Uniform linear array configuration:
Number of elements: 48
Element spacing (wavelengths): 1
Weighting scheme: cosine
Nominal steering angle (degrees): -30
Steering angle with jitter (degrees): -30.766
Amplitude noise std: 0.05
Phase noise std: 0.05

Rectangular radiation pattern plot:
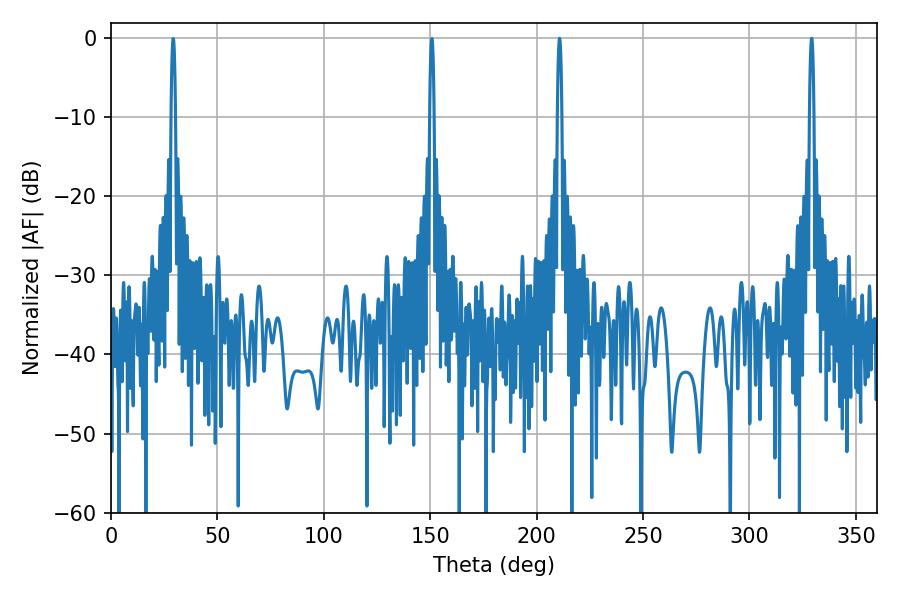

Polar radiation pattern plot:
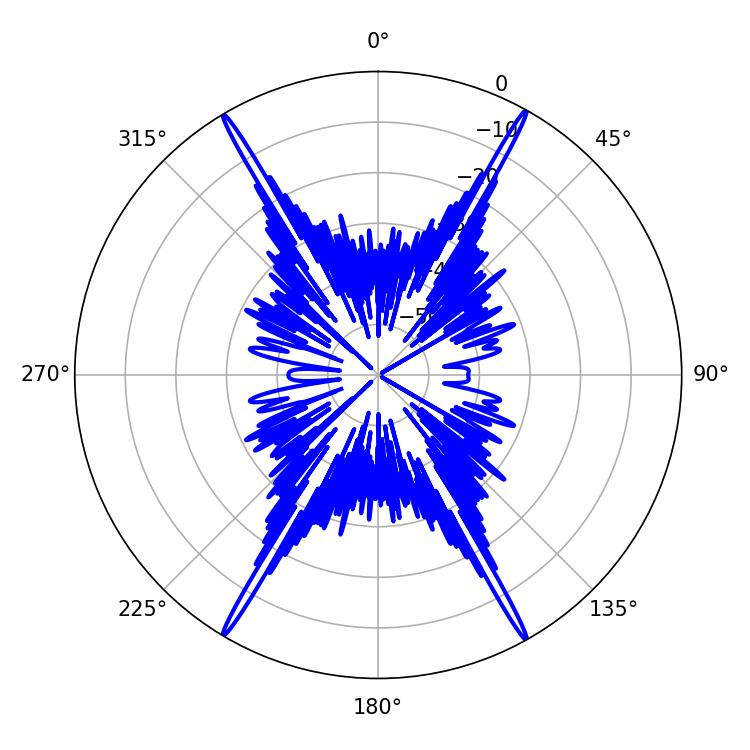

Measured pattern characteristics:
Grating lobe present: TRUE
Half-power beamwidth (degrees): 1.08
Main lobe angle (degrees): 329.22